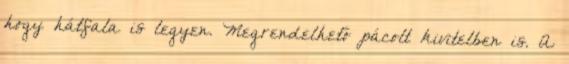
hogy hátfala is legyen. Megrendelhető pácolt kivitelben is. A